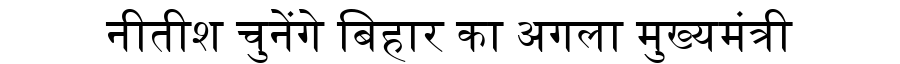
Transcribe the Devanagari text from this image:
नीतीश चुनेंगे बिहार का अगला मुख्यमंत्री